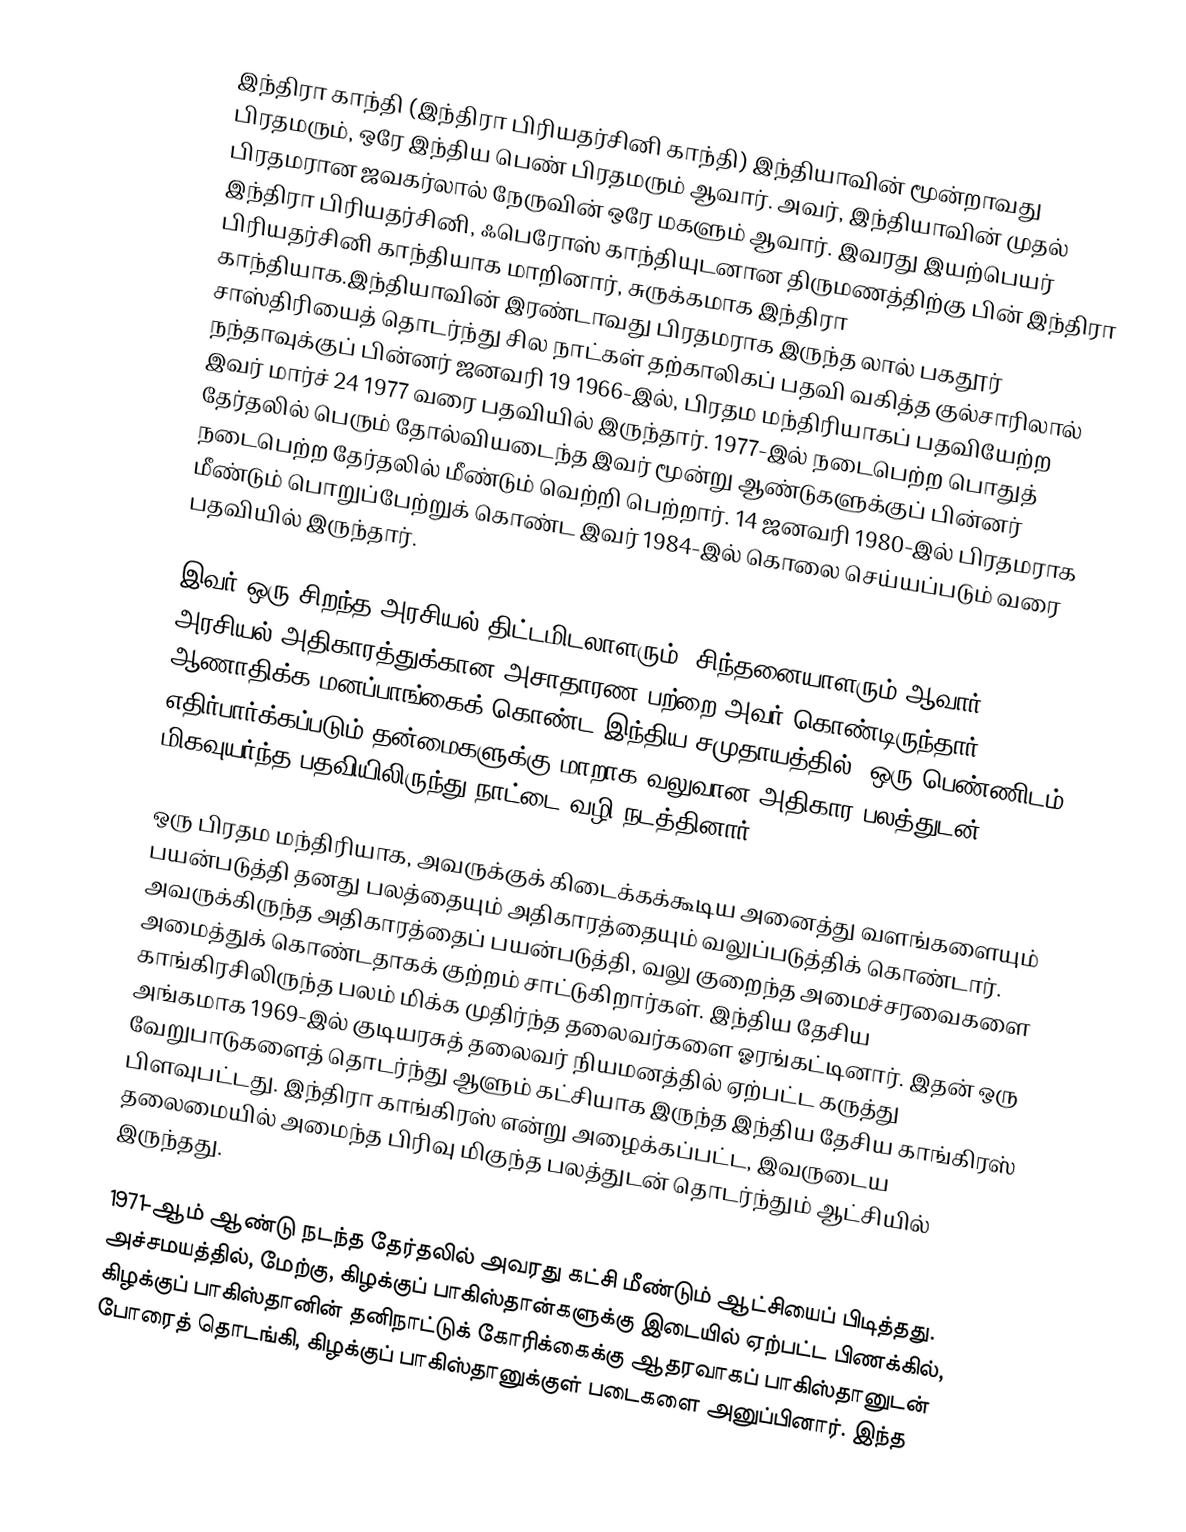
இந்திரா காந்தி (இந்திரா பிரியதர்சினி காந்தி) இந்தியாவின் மூன்றாவது பிரதமரும், ஒரே இந்திய பெண்  பிரதமரும் ஆவார். அவர், இந்தியாவின் முதல் பிரதமரான ஜவகர்லால் நேருவின் ஒரே மகளும் ஆவார். இவரது இயற்பெயர் இந்திரா பிரியதர்சினி, ஃபெரோஸ் காந்தியுடனான திருமணத்திற்கு பின் இந்திரா பிரியதர்சினி காந்தியாக மாறினார், சுருக்கமாக இந்திரா காந்தியாக.இந்தியாவின் இரண்டாவது பிரதமராக இருந்த லால் பகதூர் சாஸ்திரியைத் தொடர்ந்து சில நாட்கள் தற்காலிகப் பதவி வகித்த குல்சாரிலால் நந்தாவுக்குப் பின்னர் ஜனவரி 19 1966-இல், பிரதம மந்திரியாகப் பதவியேற்ற இவர் மார்ச் 24 1977 வரை பதவியில் இருந்தார். 1977-இல் நடைபெற்ற பொதுத் தேர்தலில் பெரும் தோல்வியடைந்த இவர் மூன்று ஆண்டுகளுக்குப் பின்னர் நடைபெற்ற தேர்தலில் மீண்டும் வெற்றி பெற்றார். 14 ஜனவரி 1980-இல் பிரதமராக மீண்டும் பொறுப்பேற்றுக் கொண்ட இவர் 1984-இல் கொலை செய்யப்படும் வரை பதவியில் இருந்தார்.

இவர் ஒரு சிறந்த அரசியல் திட்டமிடலாளரும், சிந்தனையாளரும் ஆவார். அரசியல் அதிகாரத்துக்கான அசாதாரண பற்றை அவர் கொண்டிருந்தார். ஆணாதிக்க மனப்பாங்கைக் கொண்ட இந்திய சமுதாயத்தில், ஒரு பெண்ணிடம் எதிர்பார்க்கப்படும் தன்மைகளுக்கு மாறாக வலுவான அதிகார பலத்துடன் மிகவுயர்ந்த பதவியிலிருந்து நாட்டை வழி நடத்தினார்.

ஒரு பிரதம மந்திரியாக, அவருக்குக் கிடைக்கக்கூடிய அனைத்து வளங்களையும் பயன்படுத்தி தனது பலத்தையும் அதிகாரத்தையும் வலுப்படுத்திக் கொண்டார். அவருக்கிருந்த அதிகாரத்தைப் பயன்படுத்தி, வலு குறைந்த அமைச்சரவைகளை அமைத்துக் கொண்டதாகக் குற்றம் சாட்டுகிறார்கள். இந்திய தேசிய காங்கிரசிலிருந்த பலம் மிக்க முதிர்ந்த தலைவர்களை ஓரங்கட்டினார். இதன் ஒரு அங்கமாக 1969-இல் குடியரசுத் தலைவர் நியமனத்தில் ஏற்பட்ட கருத்து வேறுபாடுகளைத் தொடர்ந்து ஆளும் கட்சியாக இருந்த இந்திய தேசிய காங்கிரஸ் பிளவுபட்டது. இந்திரா காங்கிரஸ் என்று அழைக்கப்பட்ட, இவருடைய தலைமையில் அமைந்த பிரிவு மிகுந்த பலத்துடன் தொடர்ந்தும் ஆட்சியில் இருந்தது.

1971-ஆம் ஆண்டு நடந்த தேர்தலில் அவரது கட்சி மீண்டும் ஆட்சியைப் பிடித்தது. அச்சமயத்தில், மேற்கு, கிழக்குப் பாகிஸ்தான்களுக்கு இடையில் ஏற்பட்ட பிணக்கில், கிழக்குப் பாகிஸ்தானின் தனிநாட்டுக் கோரிக்கைக்கு ஆதரவாகப் பாகிஸ்தானுடன் போரைத் தொடங்கி, கிழக்குப் பாகிஸ்தானுக்குள் படைகளை அனுப்பினார். இந்த